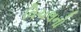
વિચલનો